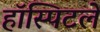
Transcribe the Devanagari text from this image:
हॉस्पिटले